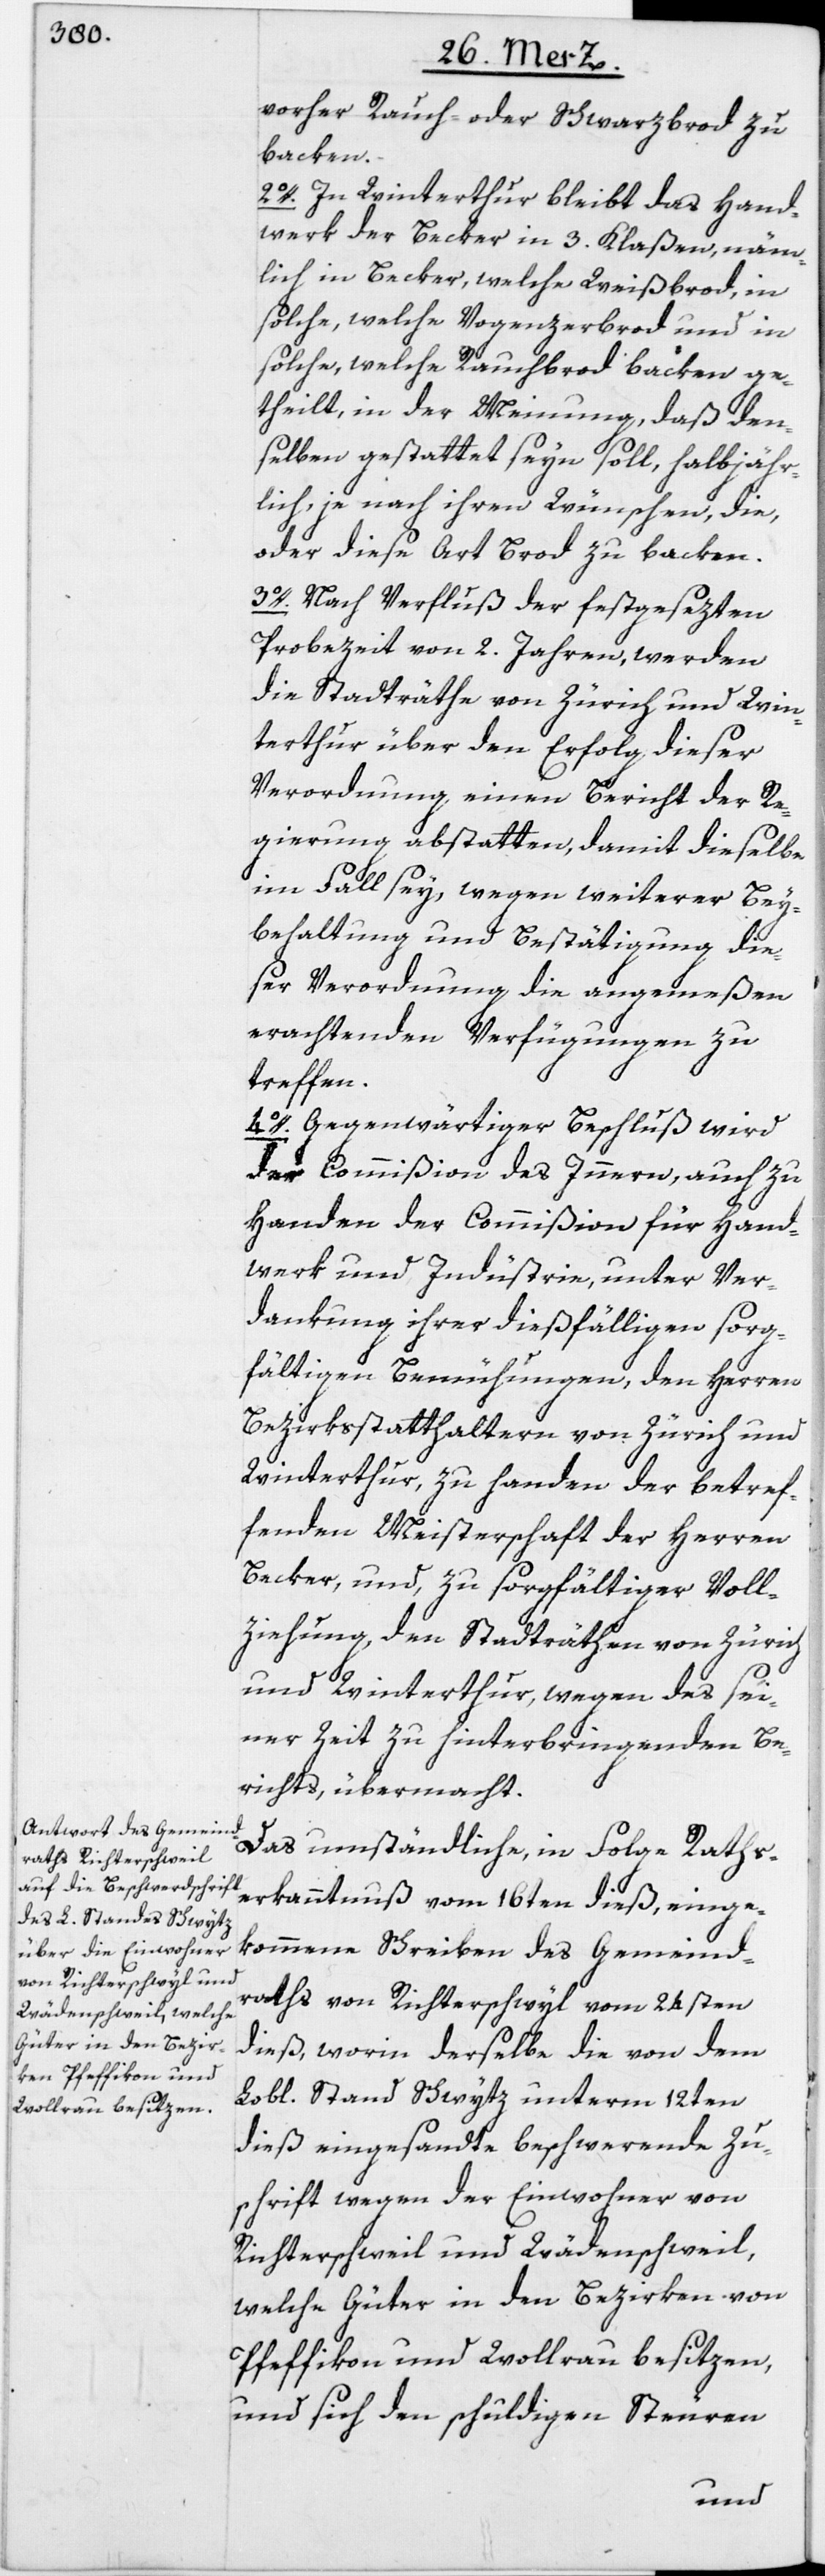
vorher Rauch- oder Schwarzbrod zu
backen.
2o. In Winterthur bleibt das Hand¬
werk der Becker in 3. Klaßen, näm¬
lich in Becker, welche Weißbrod, in
solche, welche Vogenzerbrod und in
solche, welche Rauchbrod backen ge¬
theilt, in der Meinung, daß den¬
selben gestattet seyn soll, halbjähr¬
lich, je nach ihren Wünschen, die,
oder diese Art Brod zu backen.
3o. Nach Verfluß der festgesezten
Probezeit von 2. Jahren, werden
die Stadträthe von Zürich und Win¬
terthur über den Erfolg dieser
Verordnung einen Bericht der Re¬
gierung abstatten, damit dieselbe
im Fall sey, wegen weiterer Bey¬
behaltung und Bestätigung die¬
ser Verordnung die angemeßen
erachtenden Verfügungen zu
treffen.
4o. Gegenwärtiger Beschluß wird
der Commißion des Innern, auch zu
Handen der Commißion für Hand¬
werk und Industrie, unter Ver¬
dankung ihrer dießfälligen sorg¬
fältigen Bemühungen, den Herren
Bezirksstatthaltern von Zürich und
Winterthur, zu handen der betref¬
fenden Meisterschaft der Herren
Becker, und zu sorgfältiger Voll¬
ziehung, den Stadträthen von Zürich
und Winterthur, wegen des sei¬
ner Zeit zu hinterbringenden Be¬
richts, übermacht.
Das umständliche, in Folge Raths¬
erkanntnuß vom 16ten dieß, einge¬
kommene Schreiben des Gemeind¬
raths von Richterschwyl vom 24sten
dieß, worin derselbe die von dem
Lobl. Stand Schwytz unterm 12ten
dieß eingesandte beschwerende Zu¬
schrift wegen der Einwohner von
Richterschweil und Wädenschweil,
welche Güter in den Bezirken von
Pfeffikon und Wollrau besitzen,
und sich den schuldigen Steuren